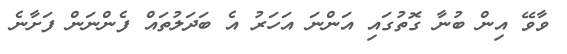
ވާވޭ އިން ބުނާ ގޮތުގައި އަންނަ އަހަރު އެ ބަދަލުތައް ފެންނަން ފަށާނެ